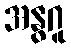
အနွဂူ